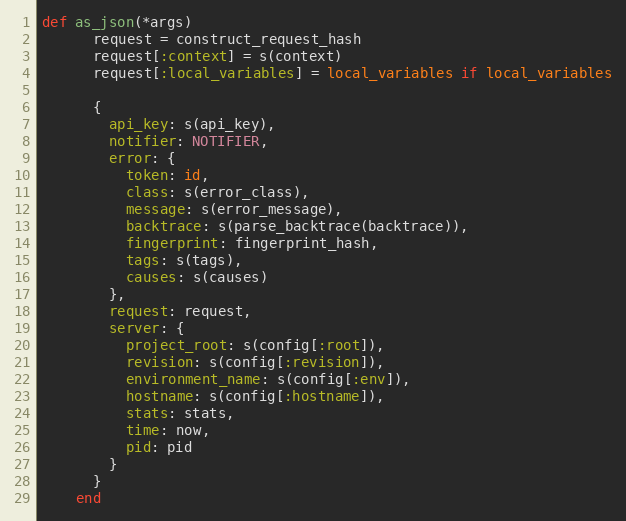
Language: Ruby
def as_json(*args)
      request = construct_request_hash
      request[:context] = s(context)
      request[:local_variables] = local_variables if local_variables

      {
        api_key: s(api_key),
        notifier: NOTIFIER,
        error: {
          token: id,
          class: s(error_class),
          message: s(error_message),
          backtrace: s(parse_backtrace(backtrace)),
          fingerprint: fingerprint_hash,
          tags: s(tags),
          causes: s(causes)
        },
        request: request,
        server: {
          project_root: s(config[:root]),
          revision: s(config[:revision]),
          environment_name: s(config[:env]),
          hostname: s(config[:hostname]),
          stats: stats,
          time: now,
          pid: pid
        }
      }
    end